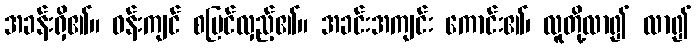
အခန်းရှိ၏။ ဝန်းကျင် စမြင်လှည့်၏။ အခင်းအကျင်း ကောင်း၏၊ လူတို့လာ၍ လာ၍